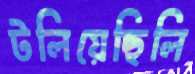
টলিয়েছিলি